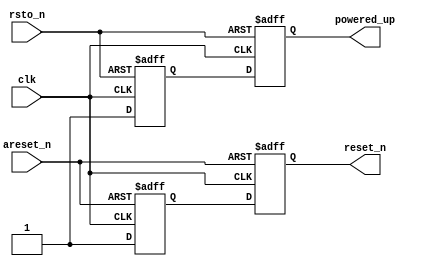
module rpc2_ctrl_mem_reset_block (
   // Outputs
   reset_n, powered_up, 
   // Inputs
   clk, rsto_n, areset_n
   );
   input clk;
   input rsto_n;
   input areset_n;

   output reset_n;
   output powered_up;
   
   wire   reset_n;
   reg    reset_ff1;
   reg    reset_ff2;
   reg    rston_ff1;
   reg    rston_ff2;
   
   assign reset_n = reset_ff2;
   assign powered_up = rston_ff2;
   
   // Sync
   always @(posedge clk or negedge areset_n) begin
      if (~areset_n) begin
         reset_ff1 <= 1'b0;
         reset_ff2 <= 1'b0;
      end
      else begin
         reset_ff1 <= 1'b1;
         reset_ff2 <= reset_ff1;
      end
   end

   // Sync rst_o
   always @(posedge clk or negedge rsto_n) begin
      if (~rsto_n) begin
         rston_ff1 <= 1'b0;
         rston_ff2 <= 1'b0;
      end
      else begin
         rston_ff1 <= 1'b1;
         rston_ff2 <= rston_ff1;
      end
   end
endmodule